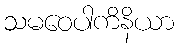
သမဝေပါကိနိယာ